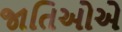
જાતિઓએ